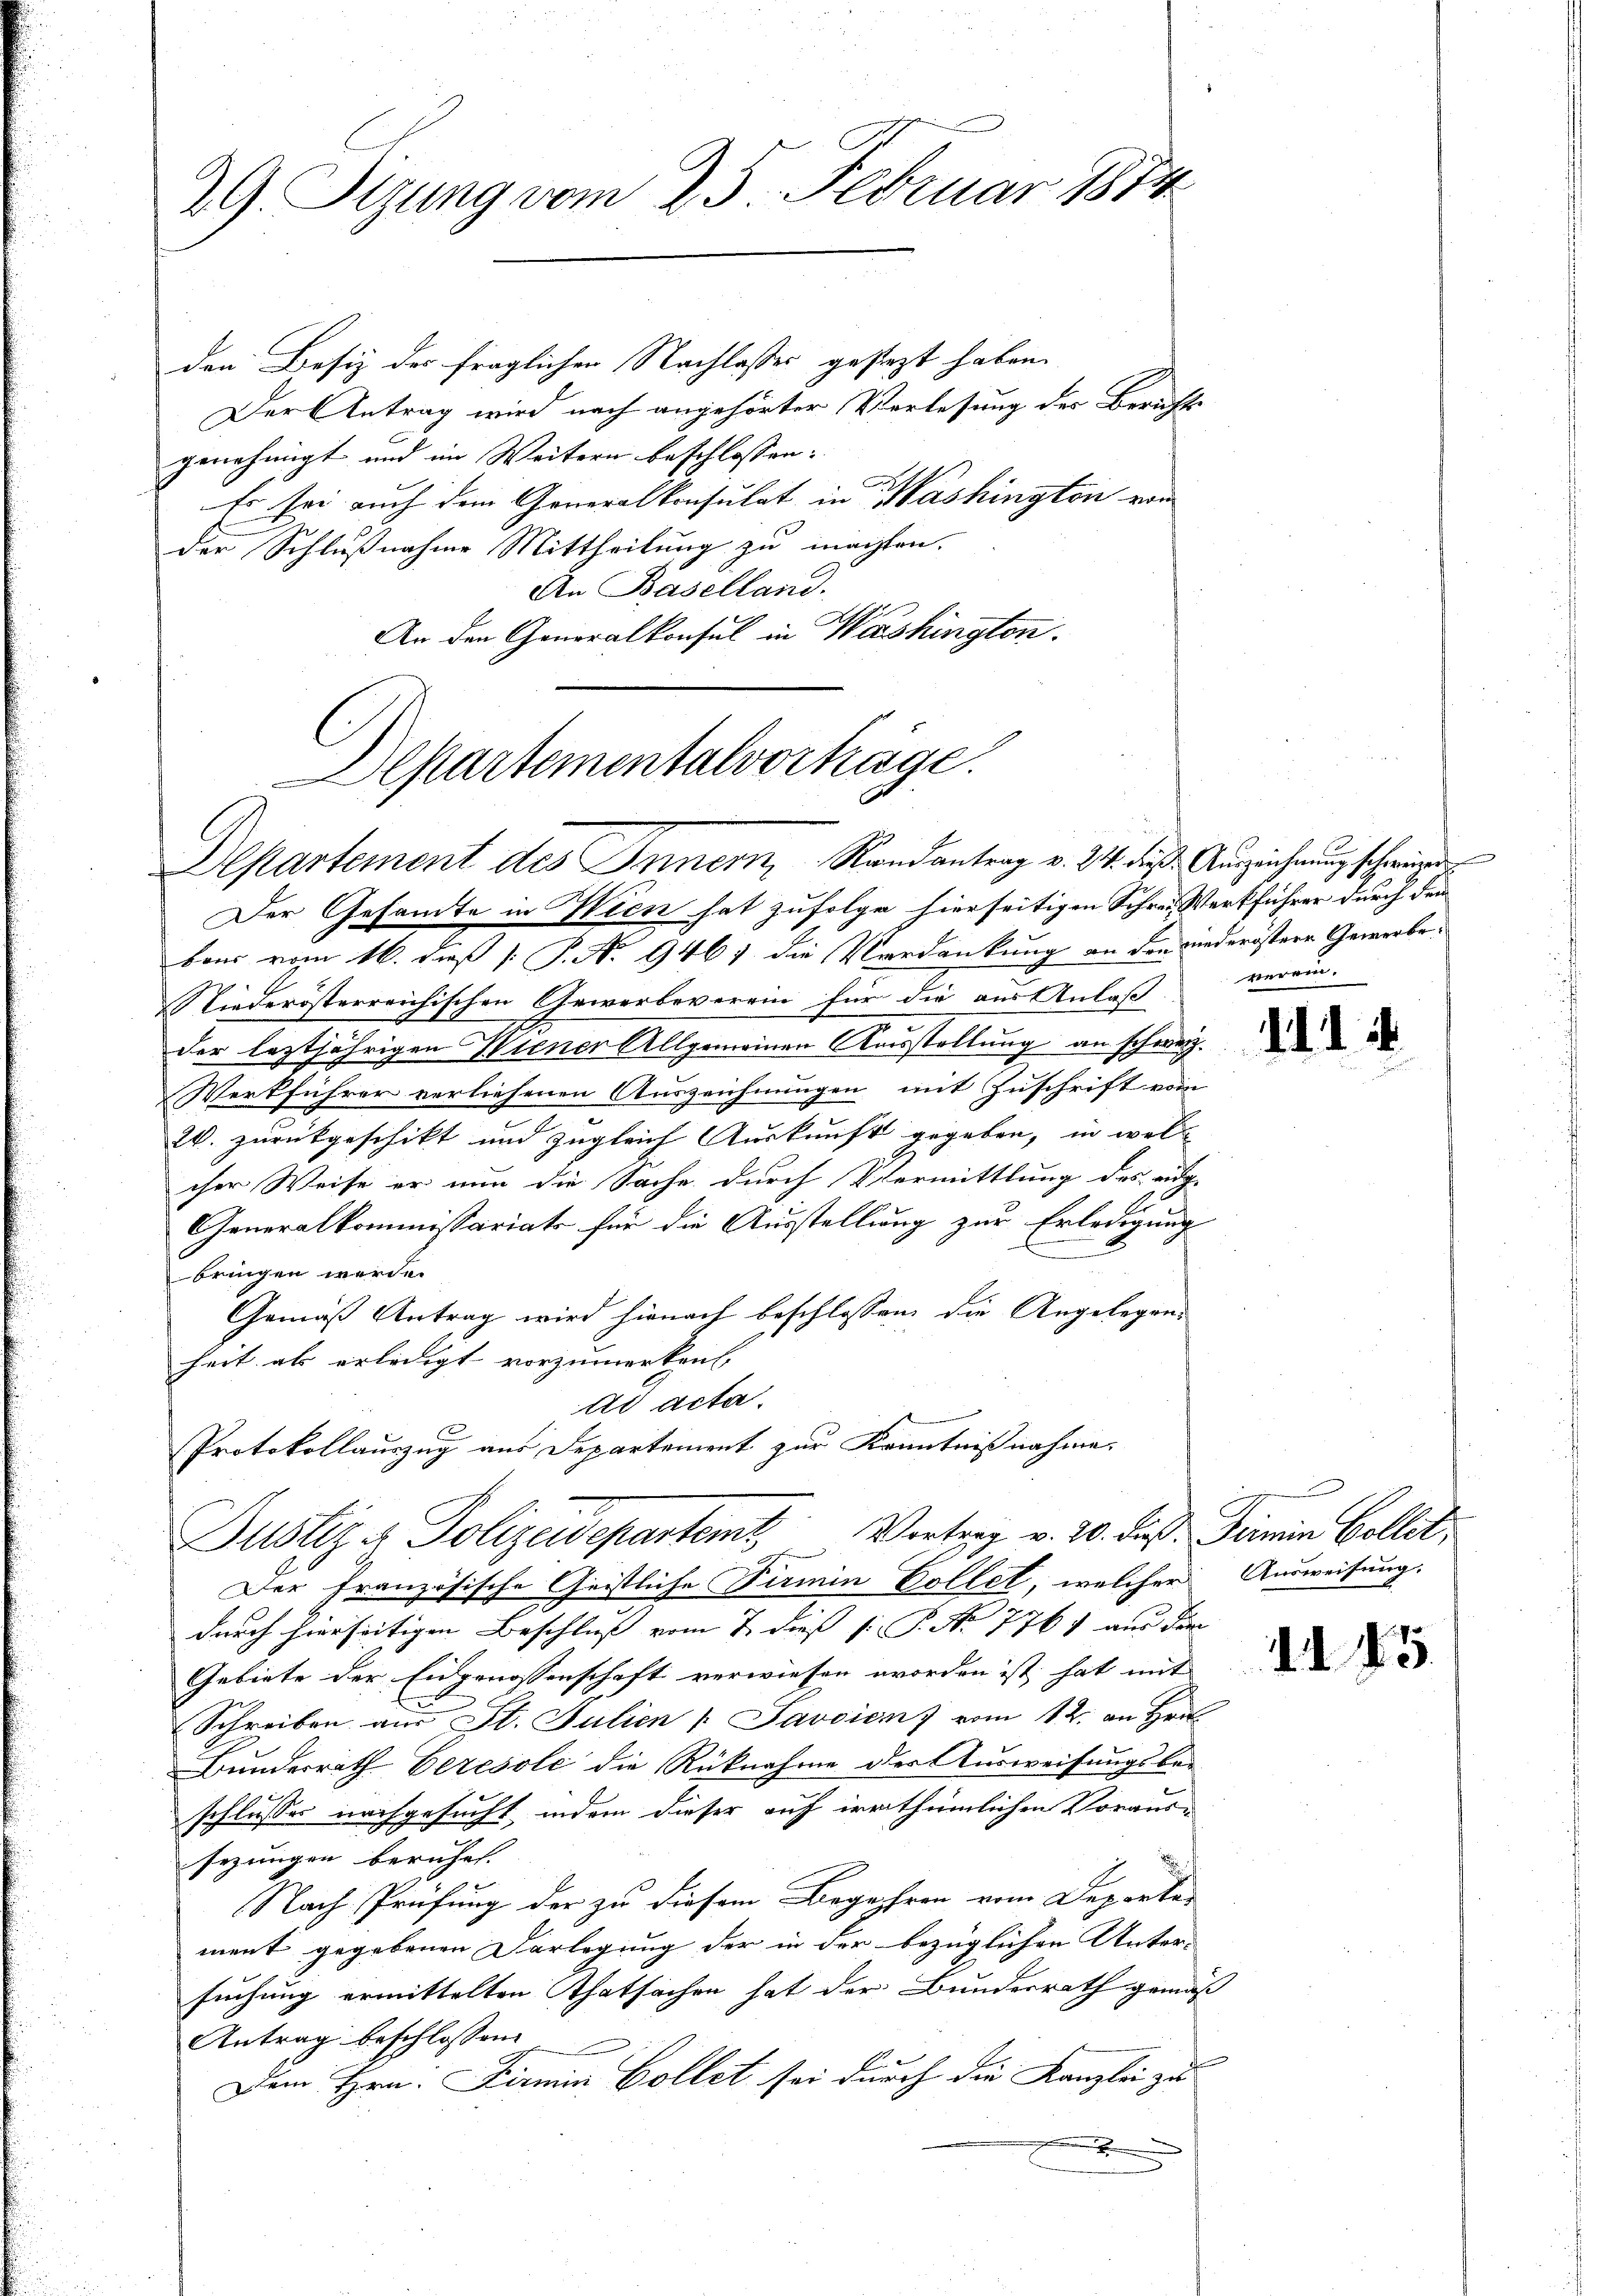
29. Sitzung vom 25. Februar 1872

den Besiz der fraglichen Nachlasses gestezt haben.
Der Antrag wird nach angehörter Verlesung der Berichte
genehmigt und im Weitern beschlossen:
Er sei auch dem Generalkonsulat in Washington vom
der Schlußnahme Mittheilung zu machten.
An Baselland.
An den Generalkonsul in Washingten.

Departementalverhäge.
Departement des Innern, Randantrag v. 24. dies Ausziehung scheiner

Der Gesamte in Wien hat zufolge hierseitigen Schrei Werkführer durch den
bour vom 16. dieß P. No 9461 die Verdankung an den wiederöstere Gewerbe¬
Niederösterreichischen Gewerbeverein für die aus Anlaß
der leztjährigen Wiener Allgemeinen Ausstellung an schweiz.
Werkführer verliehenen Auszeichnungen mit Zuschrift vom
2. zurückgeschikt und zugleich Auskunft gegeben, in welcher Weise er nun die Sache durch Vermittlung des aug-
Generalkommissariats für die Ausstellung zur Erledigung
bringen werde.
Gemäß Antrag wird hienach beschlossen, die Angelegenheit als erledigt vorzumerken. |
ad acta.
Protokollauszug aus Departement zur Kenntnißnahme.
Justiz & Polizeidepartem Vertrag v. 20. die Termin Collet,
Der französische Geistliche Sirmin Vollet, welcher Ausweisung.
durch hierseitigen Beschluss vom 7. dieß s P. Nr. 776 aus der
Gebiete der Eidgenossenschaft verwiesen worden ist, hat mit
Schreiben am St. Julien " Javaien vom 12. an Hr
Bunderrath Eeresole die Rücknahme der Ausweisungsbei-
schlusses nachgesucht, indem dieser auf irrthümlichen Voraus-
sezungen beruhet. |
Nach Prüfung der zu diesem Begehren vom Deporte
ment gegebenen Darlegung der in der bezüglichen Unter-
suchung ermittelten Thatsachen hat der Bundesrath gemäß
Antrag beschlossen:
n
Dem Hrn. Firmin Collet sei durch die Kanzlei zu

verein.

111 4

85